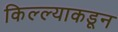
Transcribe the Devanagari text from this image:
किल्ल्याकडून